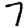
Digit: 7